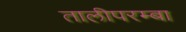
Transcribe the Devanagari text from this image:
तालीपरम्बा